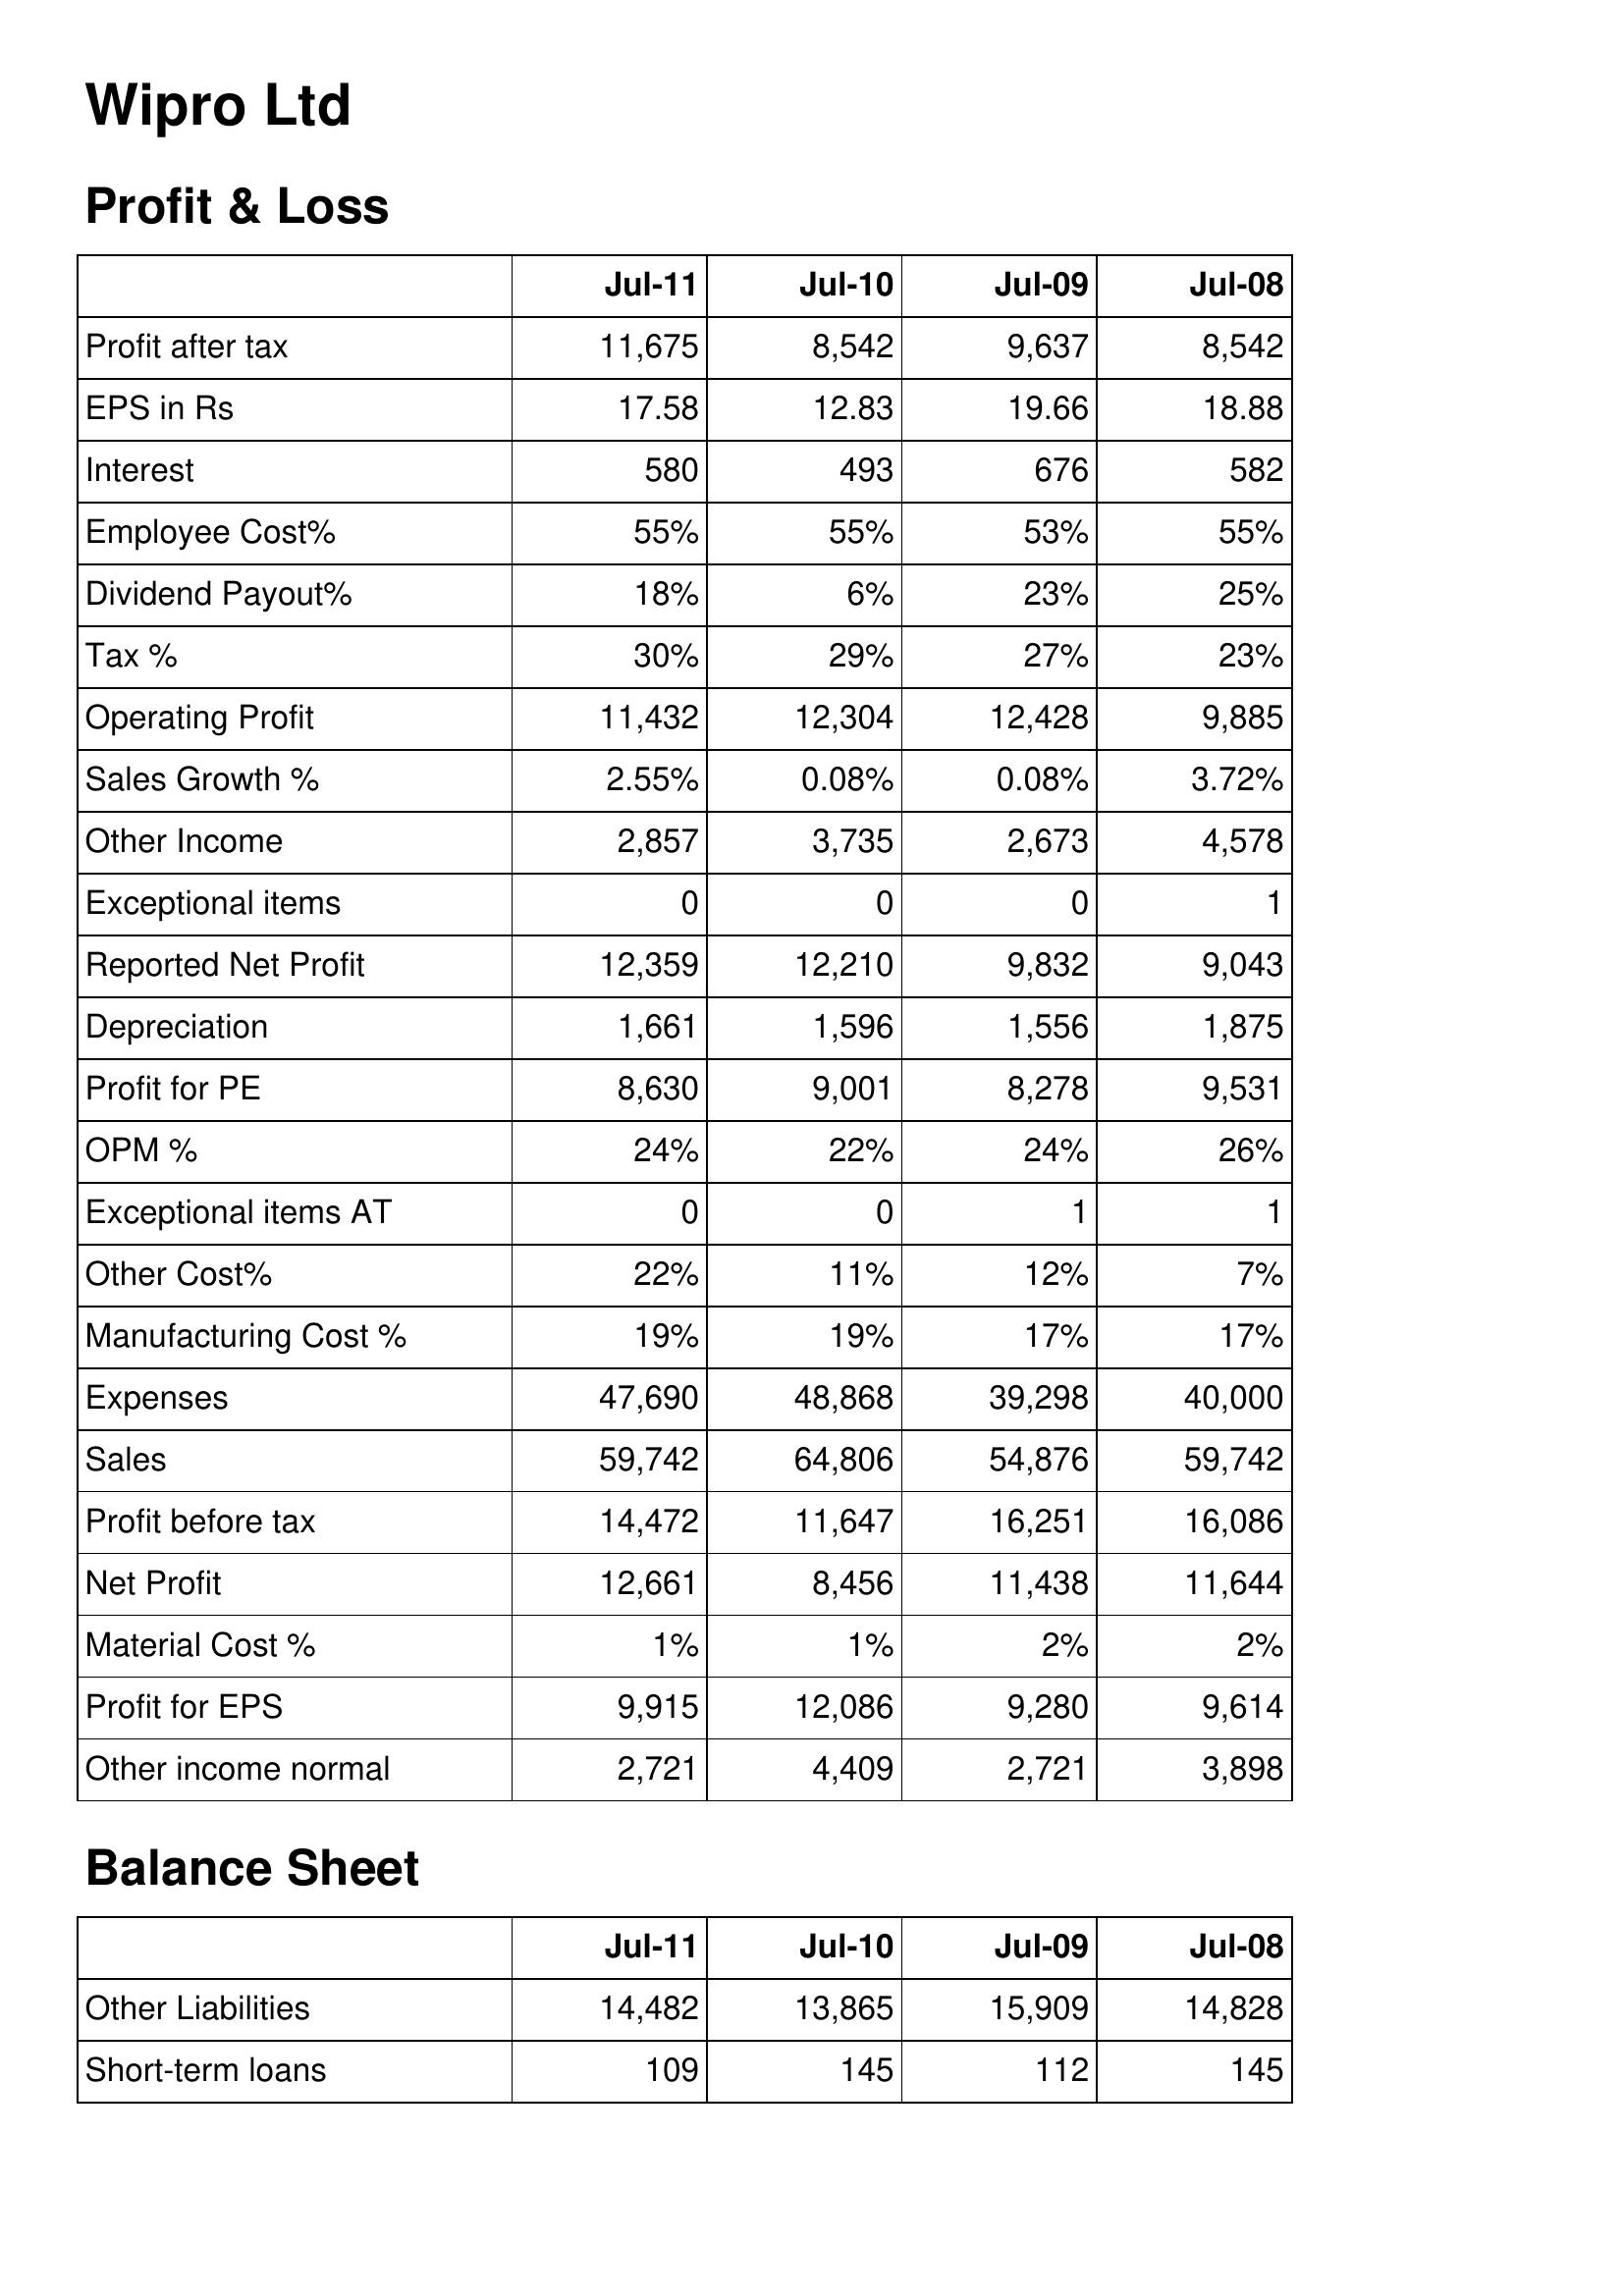
Jul-11: Profit & Loss: Profit after tax: 11,675
EPS in Rs: 17.58
Interest: 580
Employee Cost%: 55%
Dividend Payout%: 18%
Tax %: 30%
Operating Profit: 11,432
Sales Growth %: 2.55%
Other Income: 2,857
Exceptional items: 0
Reported Net Profit: 12,359
Depreciation: 1,661
Profit for PE: 8,630
OPM %: 24%
Exceptional items AT: 0
Other Cost%: 22%
Manufacturing Cost %: 19%
Expenses: 47,690
Sales: 59,742
Profit before tax: 14,472
Net Profit: 12,661
Material Cost %: 1%
Profit for EPS: 9,915
Other income normal: 2,721
Balance Sheet: Other Liabilities: 14,482
Short-term loans: 109
Jul-10: Profit & Loss: Profit after tax: 8,542
EPS in Rs: 12.83
Interest: 493
Employee Cost%: 55%
Dividend Payout%: 6%
Tax %: 29%
Operating Profit: 12,304
Sales Growth %: 0.08%
Other Income: 3,735
Exceptional items: 0
Reported Net Profit: 12,210
Depreciation: 1,596
Profit for PE: 9,001
OPM %: 22%
Exceptional items AT: 0
Other Cost%: 11%
Manufacturing Cost %: 19%
Expenses: 48,868
Sales: 64,806
Profit before tax: 11,647
Net Profit: 8,456
Material Cost %: 1%
Profit for EPS: 12,086
Other income normal: 4,409
Balance Sheet: Other Liabilities: 13,865
Short-term loans: 145
Jul-09: Profit & Loss: Profit after tax: 9,637
EPS in Rs: 19.66
Interest: 676
Employee Cost%: 53%
Dividend Payout%: 23%
Tax %: 27%
Operating Profit: 12,428
Sales Growth %: 0.08%
Other Income: 2,673
Exceptional items: 0
Reported Net Profit: 9,832
Depreciation: 1,556
Profit for PE: 8,278
OPM %: 24%
Exceptional items AT: 1
Other Cost%: 12%
Manufacturing Cost %: 17%
Expenses: 39,298
Sales: 54,876
Profit before tax: 16,251
Net Profit: 11,438
Material Cost %: 2%
Profit for EPS: 9,280
Other income normal: 2,721
Balance Sheet: Other Liabilities: 15,909
Short-term loans: 112
Jul-08: Profit & Loss: Profit after tax: 8,542
EPS in Rs: 18.88
Interest: 582
Employee Cost%: 55%
Dividend Payout%: 25%
Tax %: 23%
Operating Profit: 9,885
Sales Growth %: 3.72%
Other Income: 4,578
Exceptional items: 1
Reported Net Profit: 9,043
Depreciation: 1,875
Profit for PE: 9,531
OPM %: 26%
Exceptional items AT: 1
Other Cost%: 7%
Manufacturing Cost %: 17%
Expenses: 40,000
Sales: 59,742
Profit before tax: 16,086
Net Profit: 11,644
Material Cost %: 2%
Profit for EPS: 9,614
Other income normal: 3,898
Balance Sheet: Other Liabilities: 14,828
Short-term loans: 145